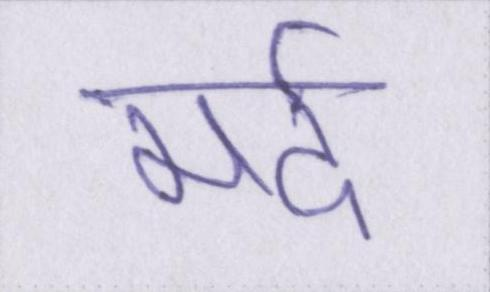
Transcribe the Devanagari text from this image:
मर्द